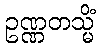
ဥဏ္ဏတသ္မိံ